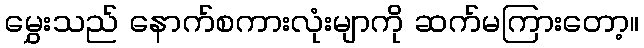
မွှေးသည် နောက်စကားလုံးမျာကို ဆက်မကြားတော့။